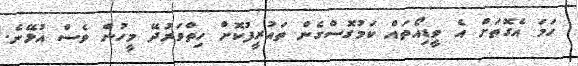
ހަމަ އެގޮތަށް އެ ވީޑިއޯތައް ކަމުގޮސްގެން ތައުރީފުކޮށް ހިތްވަރުދޭ މީހުން ވެސް އުޅޭނެ.